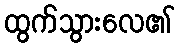
ထွက်သွားလေ၏